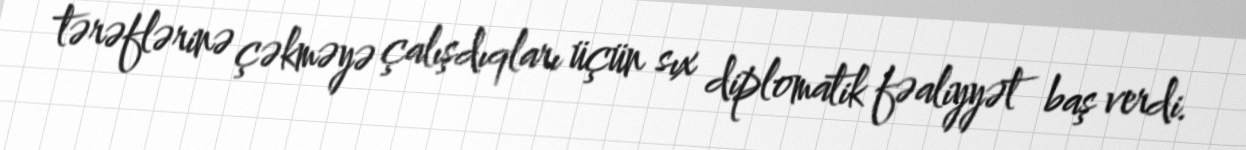
tərəflərinə çəkməyə çalışdıqları üçün sıx diplomatik fəaliyyət baş verdi.